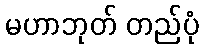
မဟာဘုတ် တည်ပုံ